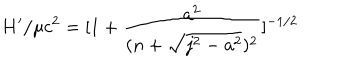
LaTeX: H ^ { \prime } / \mu c ^ { 2 } = [ 1 + { \frac { a ^ { 2 } } { ( n + \sqrt { j ^ { 2 } - a ^ { 2 } } ) ^ { 2 } } } ] ^ { { - 1 / 2 } } \nonumber